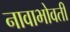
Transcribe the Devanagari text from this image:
नावाभोवती